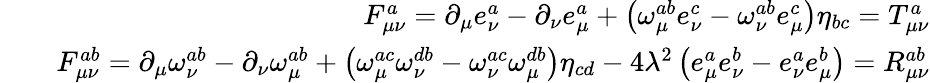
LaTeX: \begin{array}{rlr}&{}&{F_{\mu\nu}^{a}=\partial_{\mu}e_{\nu}^{a}-\partial_{\nu}e_{\mu}^{a}+\left(\omega_{\mu}^{ab}e_{\nu}^{c}-\omega_{\nu}^{ab}e_{\mu}^{c}\right)\eta_{bc}=T_{\mu\nu}^{a}}\\ &{}&{F_{\mu\nu}^{ab}=\partial_{\mu}\omega_{\nu}^{ab}-\partial_{\nu}\omega_{\mu}^{ab}+\left(\omega_{\mu}^{ac}\omega_{\nu}^{db}-\omega_{\nu}^{ac}\omega_{\mu}^{db}\right)\eta_{cd}-4\lambda^{2}\left(e_{\mu}^{a}e_{\nu}^{b}-e_{\nu}^{a}e_{\mu}^{b}\right)=R_{\mu\nu}^{ab}}\end{array}